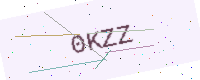
Text: 0KZZ